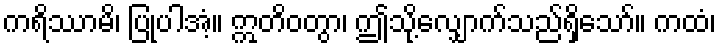
ကရိဿာမိ၊ ပြုပါအံ့။ ဣတိဝတွာ၊ ဤသို့လျှောက်သည်ရှိသော်။ ကထံ၊